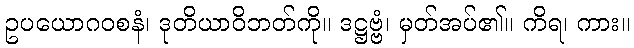
ဥပယောဂဝစနံ၊ ဒုတိယာဝိဘတ်ကို။ ဒဋ္ဌဗ္ဗံ၊ မှတ်အပ်၏။ ကိရ၊ ကား။